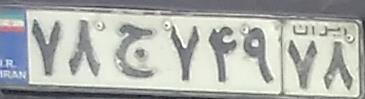
۷۸ج۷۴۹۷۸